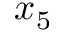
x _ { 5 }